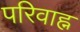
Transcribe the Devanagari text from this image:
परिवाह्न